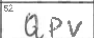
Transcription: QPV